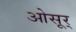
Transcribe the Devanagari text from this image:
ओसूर्